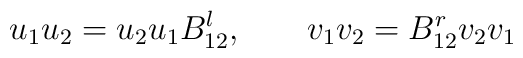
u_1 u_2 =u_2 u_1 B^l_{12}, \hskip 0.8 cm  v_1 v_2 =B^r_{12}v_2 v_1